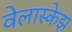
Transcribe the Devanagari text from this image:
वेलास्केझ